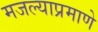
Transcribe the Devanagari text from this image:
मजल्याप्रमाणे